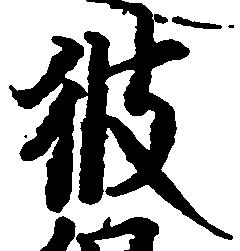
彼